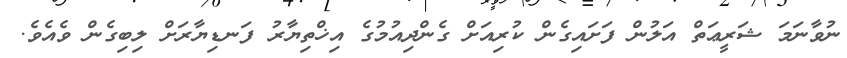
ނުވާނަމަ ޝަރީޢަތް އަލުން ފަށައިގެން ކުރިއަށް ގެންދިއުމުގެ އިޚްތިޔާރު ފަނޑިޔާރަށް ލިބިގެން ވެއެވެ.